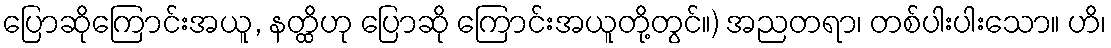
ပြောဆိုကြောင်းအယူ, နတ္ထိဟု ပြောဆို ကြောင်းအယူတို့တွင်။) အညတရာ၊ တစ်ပါးပါးသော။ ဟိ၊